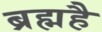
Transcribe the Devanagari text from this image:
ब्रह्महै